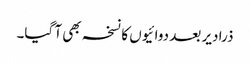
ذرا دیر بعد دوائیوں کا نسخہ بھی آ گیا۔